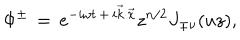
\Phi ^ { \pm } \, = \, e ^ { - i \omega t \, + \, i \vec { k } \cdot \vec { x } } z ^ { n / 2 } J _ { \pm \nu } ( u z ) ,